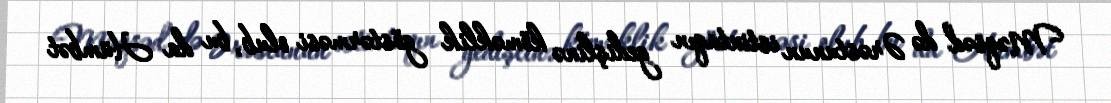
Məqsəd də Ərəstunun istintaqın gedişlinə köməklik göstərməsi olub, bu da Hümbət